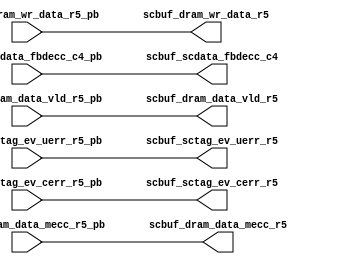
// ========== Copyright Header Begin ==========================================
// 
// OpenSPARC T1 Processor File: scbuf_sig_buf.v
// Copyright (c) 2006 Sun Microsystems, Inc.  All Rights Reserved.
// DO NOT ALTER OR REMOVE COPYRIGHT NOTICES.
// 
// The above named program is free software; you can redistribute it and/or
// modify it under the terms of the GNU General Public
// License version 2 as published by the Free Software Foundation.
// 
// The above named program is distributed in the hope that it will be 
// useful, but WITHOUT ANY WARRANTY; without even the implied warranty of
// MERCHANTABILITY or FITNESS FOR A PARTICULAR PURPOSE.  See the GNU
// General Public License for more details.
// 
// You should have received a copy of the GNU General Public
// License along with this work; if not, write to the Free Software
// Foundation, Inc., 51 Franklin St, Fifth Floor, Boston, MA 02110-1301, USA.
// 
// ========== Copyright Header End ============================================
module scbuf_sig_buf (/*AUTOARG*/
   // Outputs
   scbuf_scdata_fbdecc_c4, scbuf_dram_wr_data_r5, 
   scbuf_dram_data_vld_r5, scbuf_dram_data_mecc_r5, 
   scbuf_sctag_ev_uerr_r5, scbuf_sctag_ev_cerr_r5, 
   // Inputs
   scbuf_scdata_fbdecc_c4_pb, scbuf_dram_wr_data_r5_pb, 
   scbuf_dram_data_vld_r5_pb, scbuf_dram_data_mecc_r5_pb, 
   scbuf_sctag_ev_uerr_r5_pb, scbuf_sctag_ev_cerr_r5_pb
   );


output  [623:0]  scbuf_scdata_fbdecc_c4;
output  [63:0]   scbuf_dram_wr_data_r5;
output           scbuf_dram_data_vld_r5;
output           scbuf_dram_data_mecc_r5;
output           scbuf_sctag_ev_uerr_r5;
output           scbuf_sctag_ev_cerr_r5;

input   [623:0]  scbuf_scdata_fbdecc_c4_pb;
input   [63:0]   scbuf_dram_wr_data_r5_pb;
input            scbuf_dram_data_vld_r5_pb;
input            scbuf_dram_data_mecc_r5_pb;
input            scbuf_sctag_ev_uerr_r5_pb;
input            scbuf_sctag_ev_cerr_r5_pb;



assign scbuf_scdata_fbdecc_c4[623:0] = scbuf_scdata_fbdecc_c4_pb[623:0];
assign scbuf_dram_wr_data_r5[63:0]   = scbuf_dram_wr_data_r5_pb[63:0];
assign scbuf_dram_data_vld_r5        = scbuf_dram_data_vld_r5_pb;
assign scbuf_dram_data_mecc_r5       = scbuf_dram_data_mecc_r5_pb;
assign scbuf_sctag_ev_uerr_r5        = scbuf_sctag_ev_uerr_r5_pb;
assign scbuf_sctag_ev_cerr_r5        = scbuf_sctag_ev_cerr_r5_pb;

endmodule